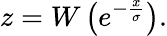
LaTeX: z=W\left(e^{-{\frac{x}{\sigma}}}\right).